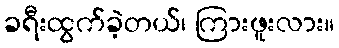
ခရီးထွက်ခဲ့တယ်၊ ကြားဖူးလား။